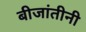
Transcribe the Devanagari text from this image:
बीजांतीनी